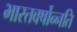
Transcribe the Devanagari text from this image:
भारतवर्षोन्नति